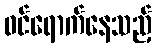
ဝင်ရောက်နေသည့်